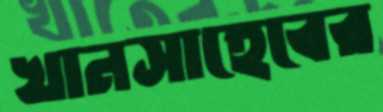
খানসাহেবের